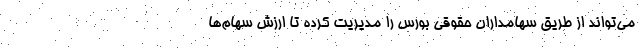
می‌تواند از طریق سهامداران حقوقی بورس را مدیریت کرده تا ارزش سهام‌ها